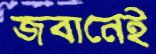
জবানেই